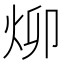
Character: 㶯